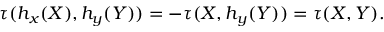
\tau ( h _ { x } ( X ) , h _ { y } ( Y ) ) = - \tau ( X , h _ { y } ( Y ) ) = \tau ( X , Y ) .